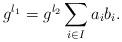
LaTeX: \begin{align*}g^{l_1}=g^{l_2}\sum_{i \in I}a_ib_i.\end{align*}